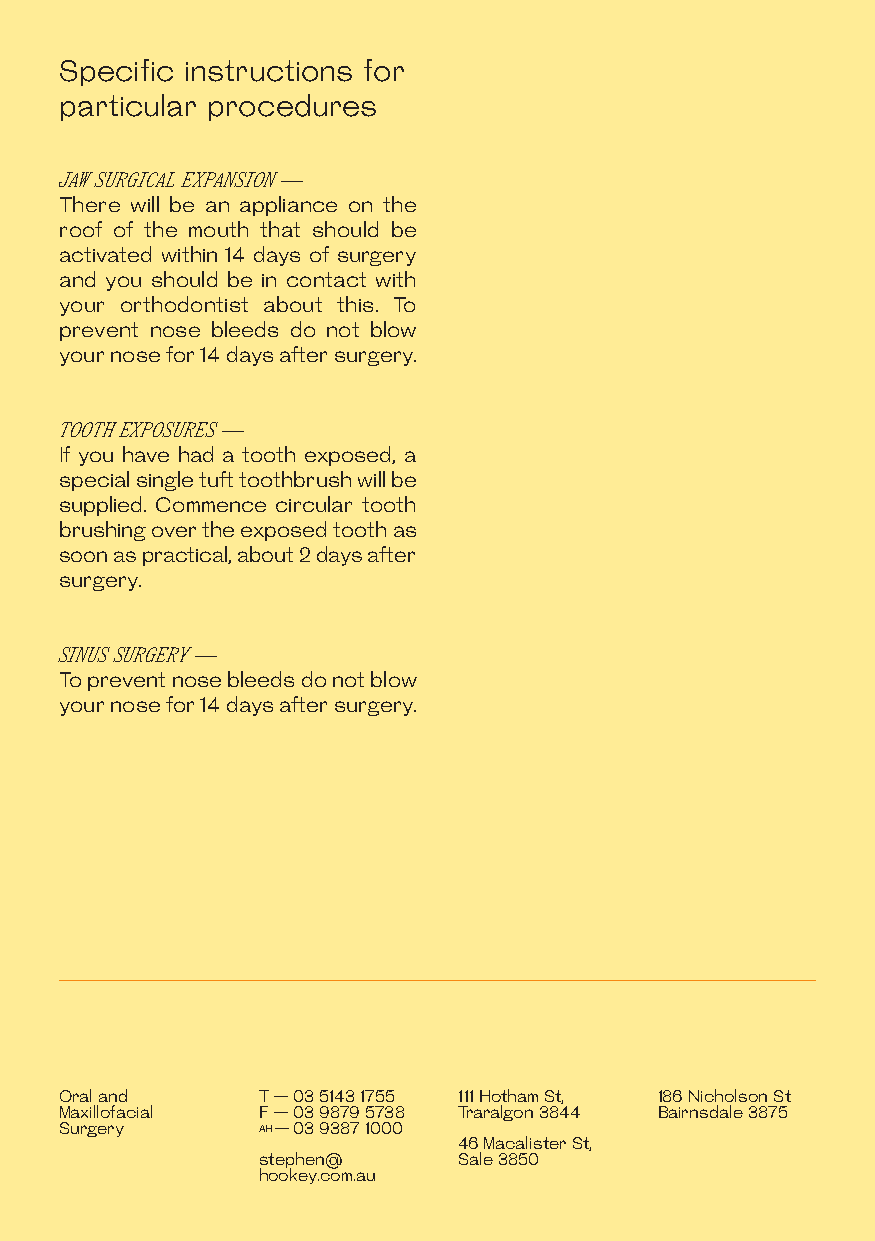
Specific instructions for
 particular procedures
 JAW SURGICAL EXPANSION ——
 There will be an appliance on the
 roof of the mouth that should be
 activated within 14 days of surgery
 and you should be in contact with
 your orthodontist about this. To
 prevent nose bleeds do not blow
 your nose for 14 days after surgery.
 TOOTH EXPOSURES ——
 If you have had a tooth exposed, a
 special single tuft toothbrush will be
 supplied. Commence circular tooth
 brushing over the exposed tooth as
 soon as practical, about 2 days after
 surgery.
 SINUS SURGERY ——
 To prevent nose bleeds do not blow
 your nose for 14 days after surgery.
 Oral and     T — 03 5143 1755 111 Hotham St, 186 Nicholson St
 Maxillofacial F — 03 9879 5738 Traralgon 3844 Bairnsdale 3875
 Surgery      AH — 03 9387 1000
 46 Macalister St,
 stephen@     Sale 3850
 hookey.com.au